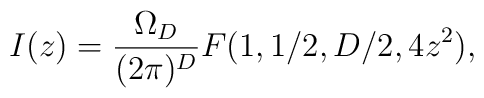
I(z) = {\Omega_D\over (2\pi)^D} F(1,1/2,D/2,4 z^2),